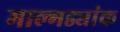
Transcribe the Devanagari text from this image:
माल्गड्यांक